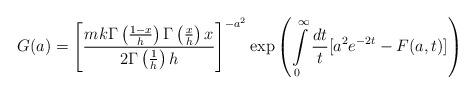
LaTeX: \begin{align*}G(a) =\left[ \frac{mk\Gamma \left( \frac{1-x}{h}\right) \Gamma\left( \frac{x}{h}\right) x}{2\Gamma \left( \frac{1}{h}\right) h}\right] ^{-a^{2}}\exp \left( \int\limits_{0}^{\infty }\frac{dt}{t}[a^{2}e^{-2t}-F(a,t)]\right) \end{align*}